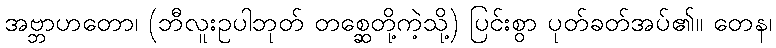
အဗ္ဘာဟတော၊ (ဘီလူးဥပါဘုတ် တစ္ဆေတို့ကဲ့သို့) ပြင်းစွာ ပုတ်ခတ်အပ်၏။ တေန၊